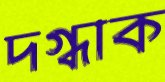
দগ্ধাক